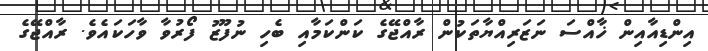
އިންޑިއާއިން ޚާއްސަ ނަޒަރިއްޔާތަކުން ރާއްޖޭގެ ކަންކަމާއި ބެހި ނުފޫޒު ފޯރުވާ ވާހަކައެވެ. ރާއްޖޭގެ